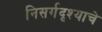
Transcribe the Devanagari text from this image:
निसर्गदृश्याचे